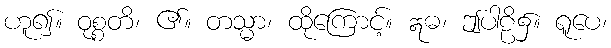
ဟူ၍။ ဝုစ္စတိ၊ ၏။ တသ္မာ၊ ထိုကြောင့်။ ဣဓ၊ ဤပါဠိ၌။ ရူပေ၊